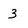
Character: 3